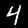
Digit: 4